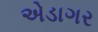
એડાગર